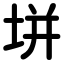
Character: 垪